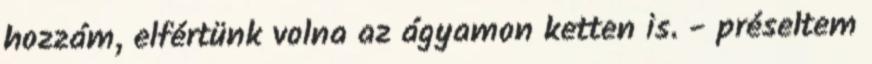
hozzám, elfértünk volna az ágyamon ketten is. - préseltem